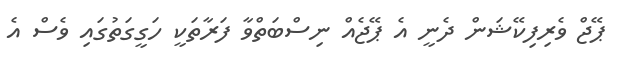
ޕޭޖް ވެރިފިކޭޝަން ދެނީ އެ ޕޭޖެއް ނިސްބަތްވާ ފަރާތަކީ ހަގީގަތުގައި ވެސް އެ